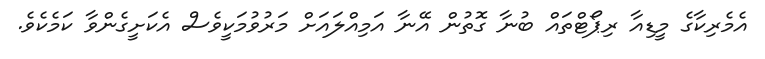
އެމެރިކާގެ މީޑިއާ ރިޕޯޓްތައް ބުނާ ގޮތުން އޭނާ އަމިއްލައަށް މަރުވުމަކީވެސް އެކަށީގެންވާ ކަމެކެވެ.